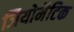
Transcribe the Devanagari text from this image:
जियोमैटिक